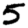
Digit: 5